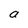
Character: a